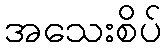
အသေးစိပ်